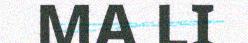
MA LI